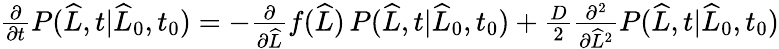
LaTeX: \begin{array}{r}{\frac{\partial}{\partial t}P(\widehat{L},t|\widehat{L}_{0},t_{0})=-\frac{\partial}{\partial\widehat{L}}f(\widehat{L})\, P(\widehat{L},t|\widehat{L}_{0},t_{0})+\frac{D}{2}\frac{\partial^{2}}{\partial\widehat{L}^{2}}P(\widehat{L},t|\widehat{L}_{0},t_{0})}\end{array}